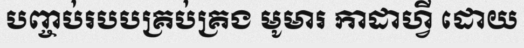
បញ្ចប់របបគ្រប់គ្រង មូមារ កាដាហ្វី ដោយ